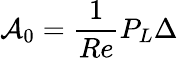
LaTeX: \mathcal{A}_{0}=\frac{1}{Re}P_{L}\Delta